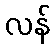
လန်